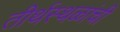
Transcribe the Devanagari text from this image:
तीर्थस्थळांची